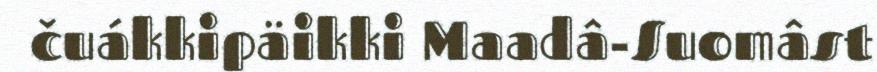
čuákkipäikki Maadâ-Suomâst